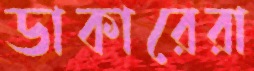
ডাকারেরা